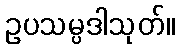
ဥပသမ္ပဒါသုတ်။